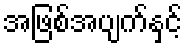
အဖြစ်အပျက်နှင့်